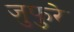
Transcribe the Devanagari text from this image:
जुफुरे